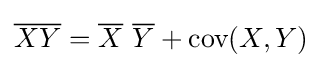
{\overline {XY}}={\overline {X}}~{\overline {Y}}+{\mbox{cov}}(X,Y)